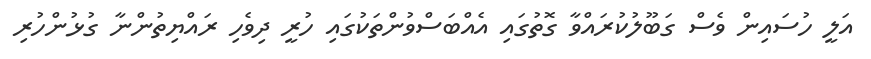
އަލީ ހުސައިން ވެސް ގަބޫލުކުރައްވާ ގޮތުގައި އެއްބަސްވުންތަކުގައި ހުރީ ދިވެހި ރައްޔިތުންނާ ގުޅުންހުރި